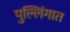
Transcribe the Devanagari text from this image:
पुल्लिंगात